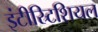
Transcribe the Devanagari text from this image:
इंटीस्र्टिशियल